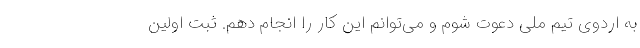
به اردوی تیم ملی دعوت شوم و می‌توانم این کار را انجام دهم. ثبت اولین